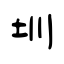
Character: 圳